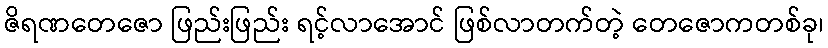
ဇိရဏတေဇော ဖြည်းဖြည်း ရင့်လာအောင် ဖြစ်လာတက်တဲ့ တေဇောကတစ်ခု၊